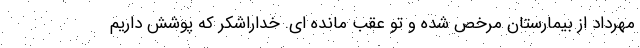
مهرداد از بیمارستان مرخص شده و تو عقب مانده ای. خداراشکر که پوشش داریم